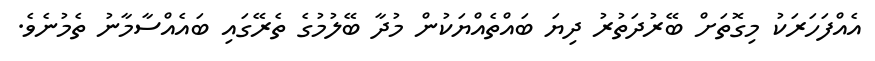
އެއްފަހަރަކު މިގޮތަށް ބޭރުދަތުރު ދިޔަ ބައްތެއްޔަކުން މުދާ ބޭލުމުގެ ތެރޭގައި ބައެއްސާމާނު ތެމުނެވެ.